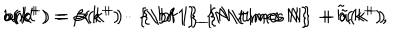
LaTeX: a ( k ^ { + } ) = \alpha ( k ^ { + } ) \cdot \mathrm { ~ { \bf ~ 1 } _ { N \times ~ N } ~ } + { \tilde { a } } ( k ^ { + } ) \hspace { 4 m m } \mathrm { a n d } \hspace { 4 m m } b ( k ^ { + } ) = \beta ( k ^ { + } ) \cdot \mathrm { ~ { \bf ~ 1 } _ { N \times ~ N } ~ } + { \tilde { b } } ( k ^ { + } ) ,